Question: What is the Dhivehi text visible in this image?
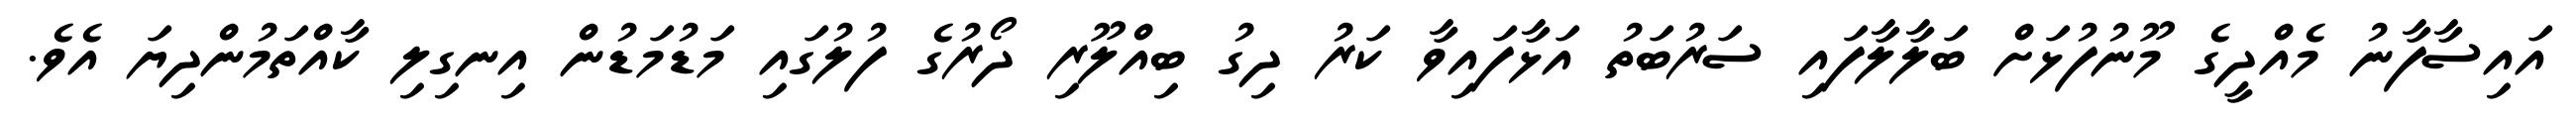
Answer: އައިސާފާނު މެއްދީގެ މޫނުފުޅަށް ބަލާލާފައި ސަރުބަތު އަޅާފައިވާ ކަރު ދިގު ބިއްލޫރި ދޯރުގެ ފުލުގައި މަޑުމަޑުން އިނގިލި ކާއްތަމުންދިޔަ އެވެ.